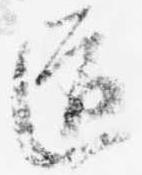
道